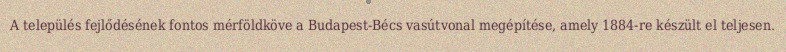
A település fejlődésének fontos mérföldköve a Budapest-Bécs vasútvonal megépítése, amely 1884-re készült el teljesen.